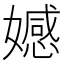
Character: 𡢳